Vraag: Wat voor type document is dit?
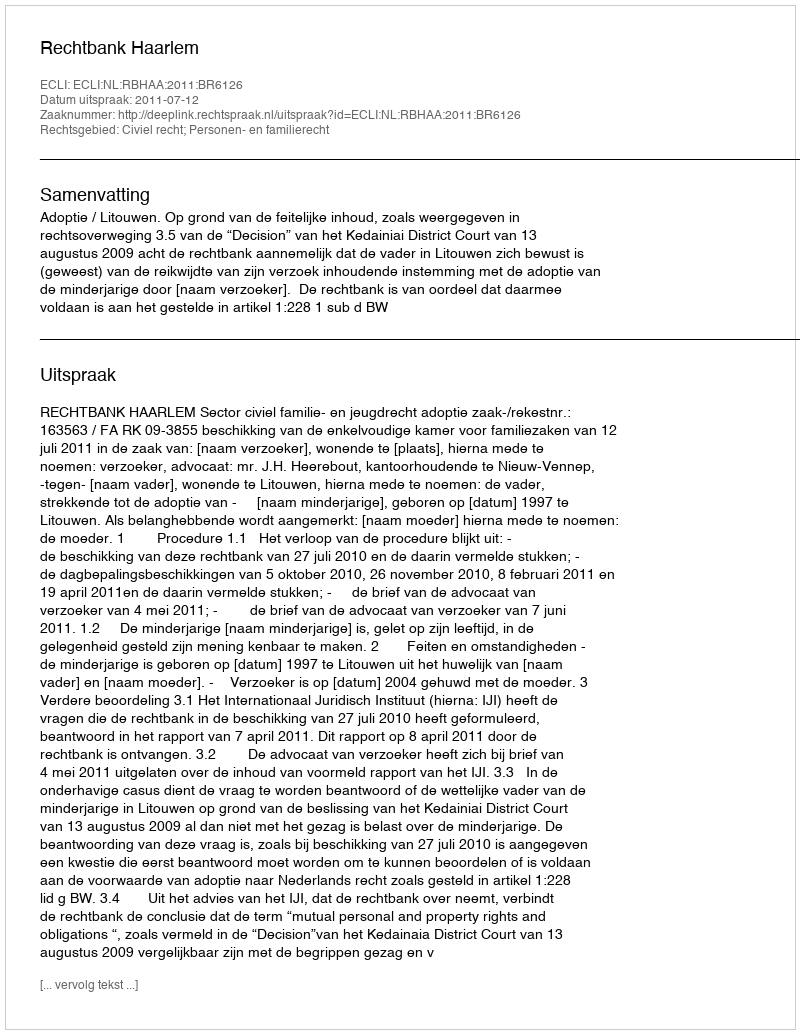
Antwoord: Uitspraak